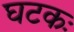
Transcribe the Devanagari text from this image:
घटकः